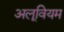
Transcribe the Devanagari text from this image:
अलूवियम